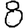
Digit: 8